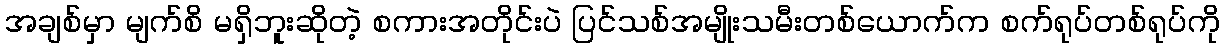
အချစ်မှာ မျက်စိ မရှိဘူးဆိုတဲ့ စကားအတိုင်းပဲ ပြင်သစ်အမျိုးသမီးတစ်ယောက်က စက်ရုပ်တစ်ရုပ်ကို